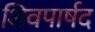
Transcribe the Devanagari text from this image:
शिवपार्षद